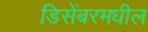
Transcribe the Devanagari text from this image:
डिसेंबरमधील